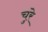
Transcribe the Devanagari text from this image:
चुरे